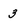
Character: 3